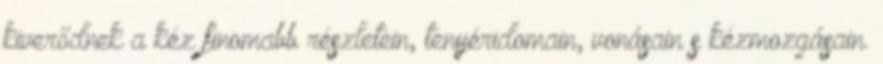
kiverődnek a kéz finomabb részletein, tenyéridomain, vonásain s kézmozgásain.